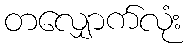
တလျှောက်လုံး